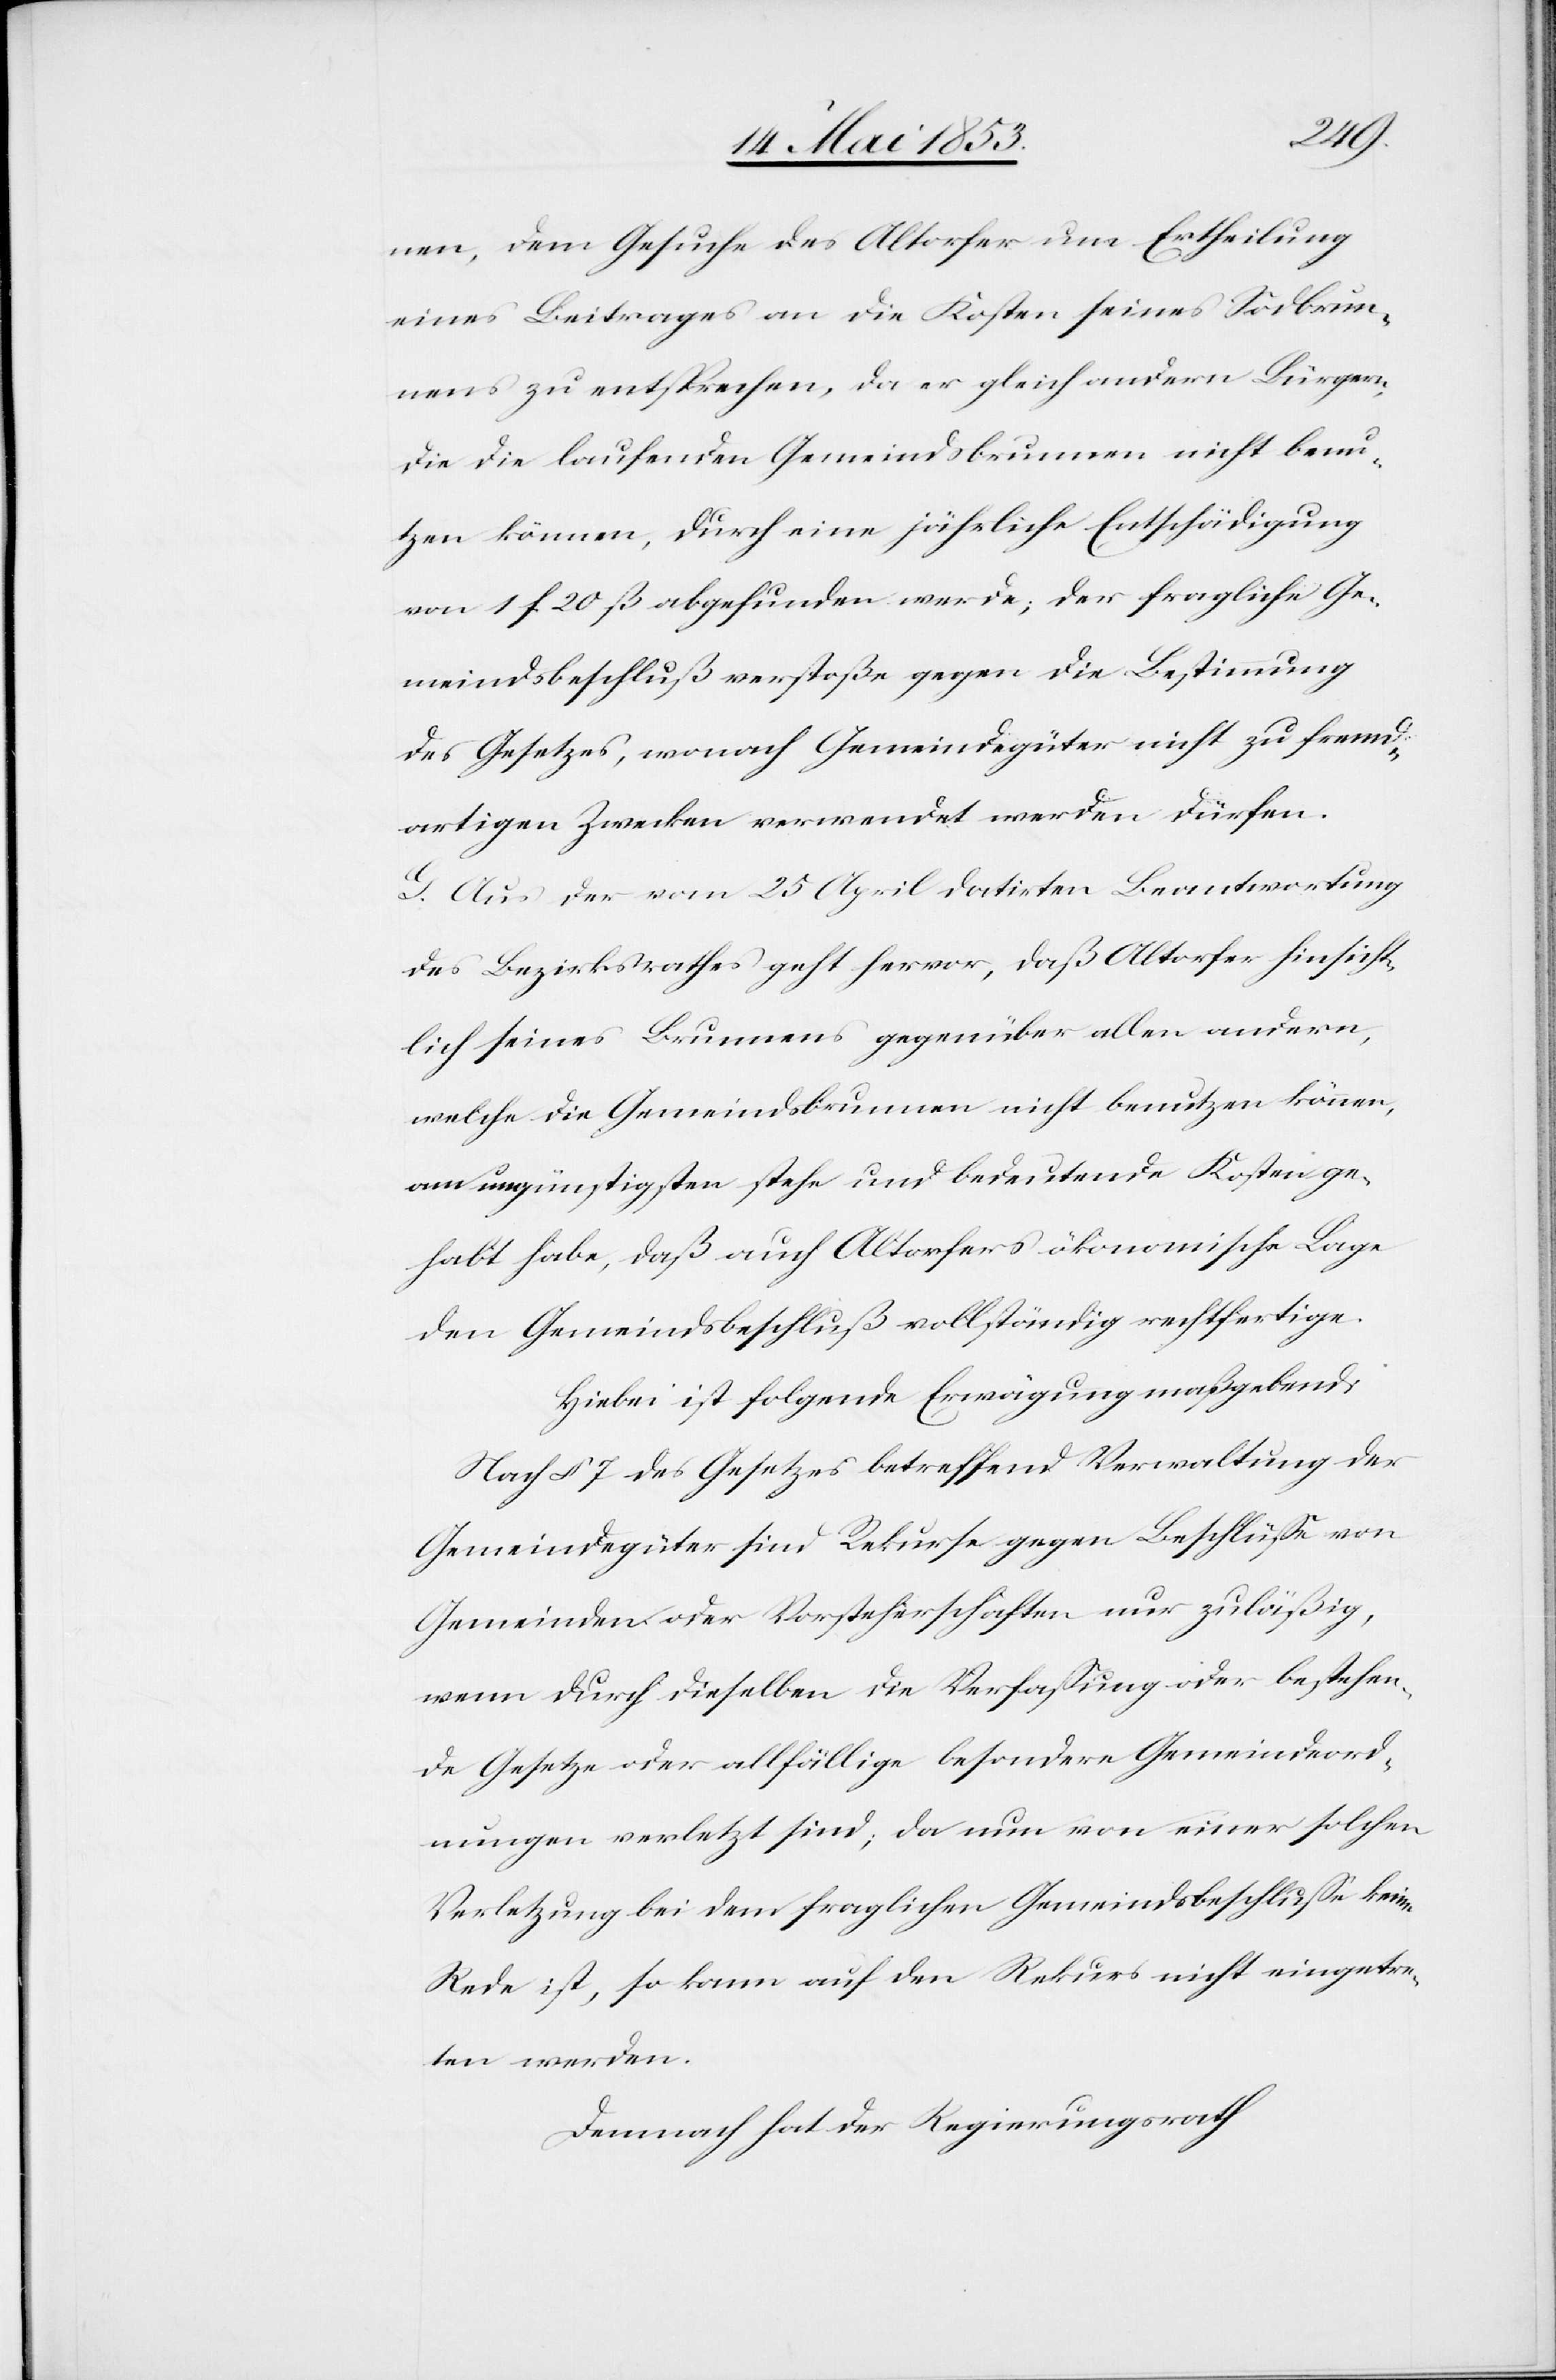
nen, dem Gesuche des Altorfer um Ertheilung
eines Beitrages an die Kosten seines Sodbrun¬
nens zu entsprechen, da er gleich andern Bürgern,
die die laufenden Gemeindsbrunnen nicht benu¬
tzen können, durch eine jährlich Entschädigung
von 1 f 20 ß abgefunden werde; der fragliche Ge¬
meindsbeschluß verstoße gegen die Bestimmung
des Gesetzes, wonach Gemeindsgüter nicht zu fremd¬
artigen Zwecken verwendet werden dürfen.
G. Aus der vom 25 April datirten Beantwortung
des Bezirksrathes geht hervor, daß Altorfer hinsicht¬
lich seines Brunnens gegenüber allen andern,
welche die Gemeindsbrunnen nicht benutzen können,
am ungünstigsten stehe und bedeutende Kosten ge¬
habt habe, daß auch Altorfers ökonomische Lage
den Gemeindsbeschluß vollständig rechtfertige.
Hiebei ist folgende Erwägung maßgebend:
Nach § 7 des Gesetzes betreffend Verwaltung der
Gemeindsgüter sind Rekurse gegen Beschlüße von
Gemeinden oder Vorsteherschaften nur zuläßig,
wenn durch dieselben die Verfaßung oder bestehen¬
de Gesetze oder allfällige besondere Gemeindeord¬
nungen verletzt sind; da nun von einer solchen
Verletzung bei dem fraglichen Gemeindsbeschluße keine
Rede ist, so kann auf den Rekurs nicht eingetre¬
ten werden.
Demnach hat der Regierungsrath